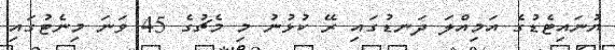
ޔުނައިޓެޑުގެ އަމިއްލަ ދަނޑުގައި ރޭ ކުޅުނު މި މެޗުގެ 45 ވަނަ މިނެޓުގައި